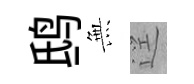
鸱𭴾逕